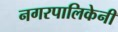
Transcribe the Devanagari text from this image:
नगरपालिकेनी